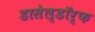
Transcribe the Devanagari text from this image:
डासेल्डॉर्फ